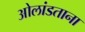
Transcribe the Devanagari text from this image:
ओलांडताना